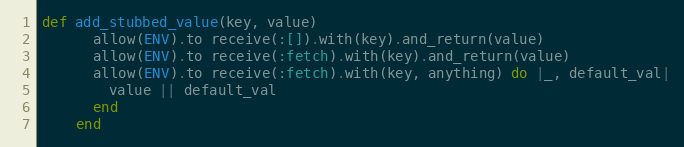
Language: Ruby
def add_stubbed_value(key, value)
      allow(ENV).to receive(:[]).with(key).and_return(value)
      allow(ENV).to receive(:fetch).with(key).and_return(value)
      allow(ENV).to receive(:fetch).with(key, anything) do |_, default_val|
        value || default_val
      end
    end